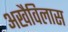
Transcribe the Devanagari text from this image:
अखैविलास